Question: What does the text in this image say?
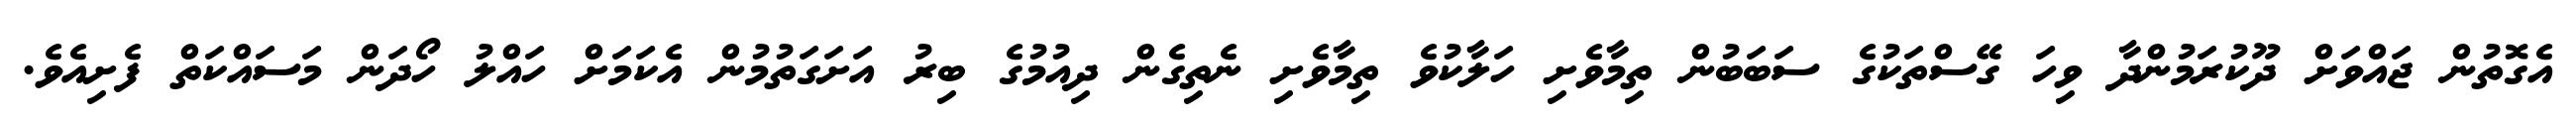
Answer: އެގޮތުން ޖައްވަށް ދޫކުރަމުންދާ ވިހަ ގޭސްތަކުގެ ސަބަބުން ތިމާވެށި ހަލާކުވެ ތިމާވެށި ނެތިގެން ދިއުމުގެ ބިރު އަށަގަތުމުން އެކަމަށް ހައްލު ހޯދަން މަސައްކަތް ފެށިއެވެ.